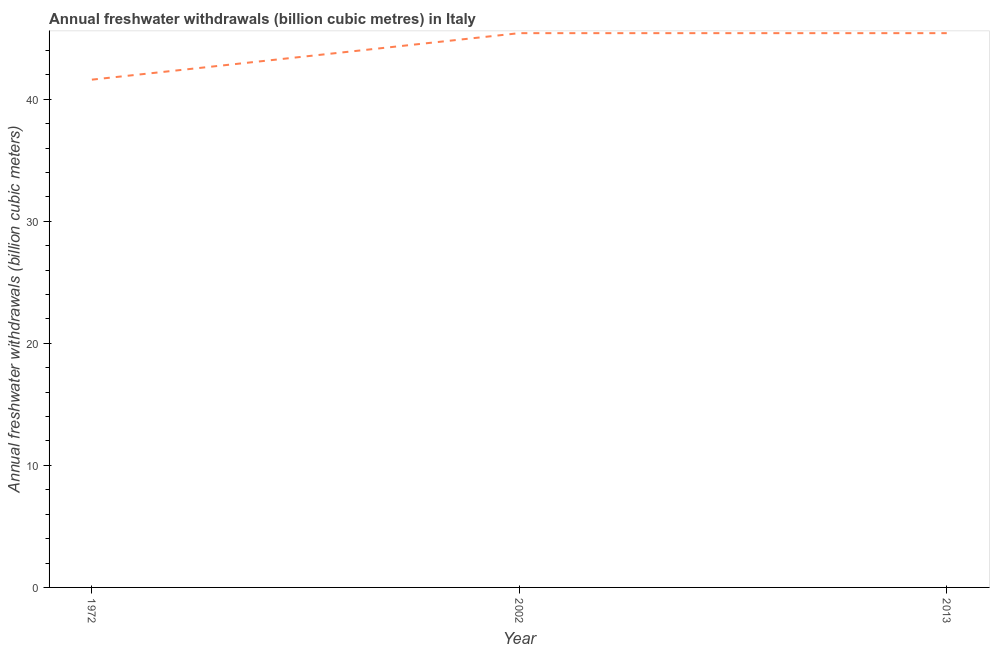
| Year | Annual freshwater withdrawals |
 | --- | --- |
 | 1972 | 41.6 |
 | 2002 | 45.4 |
 | 2013 | 45.4 |